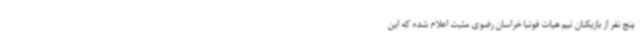
پنج نفر از بازیکنان تیم هیات فوتبا خراسان رضوی مثبت اعلام شده که این